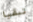
تبقيا